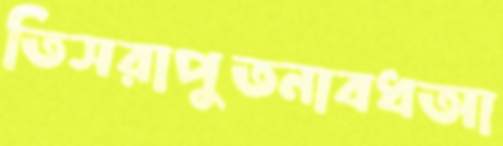
তিসরাপুতনাবধআ